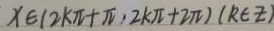
x \in ( 2 k \pi + \pi , 2 k \pi + 2 \pi ) ( k \in z )